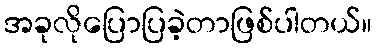
အခုလိုပြောပြခဲ့တာဖြစ်ပါတယ်။